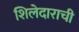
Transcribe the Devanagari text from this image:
शिलेदाराची